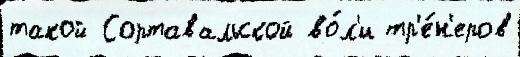
такой Сортавальской во́л'и тр'е́н'еров